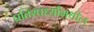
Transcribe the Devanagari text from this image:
प्रतिस्पर्ध्यांमधील